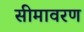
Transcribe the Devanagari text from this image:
सीमावरण